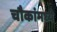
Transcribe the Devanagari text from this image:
चौकांमध्ये